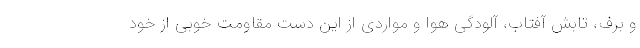
و برف، تابش آفتاب، آلودگی هوا و مواردی از این دست مقاومت خوبی از خود